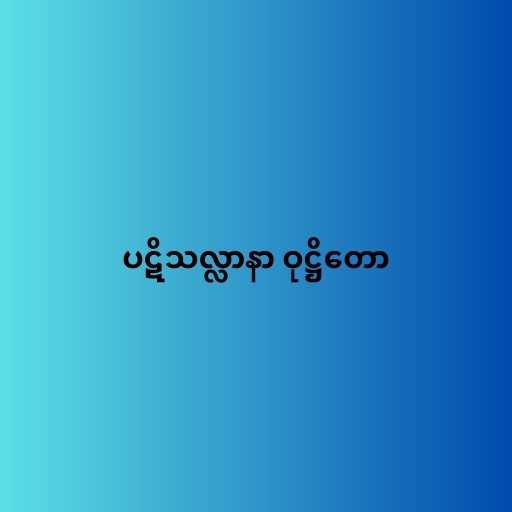
ပဋိသလ္လာနာ ဝုဋ္ဌိတော